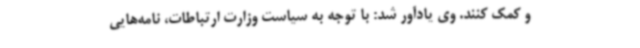
و کمک کنند. وی یادآور شد: با توجه به سیاست وزارت ارتباطات، نامه‌هایی